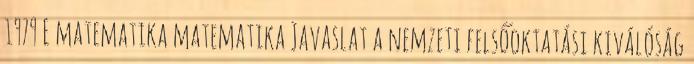
1979 E matematika matematika Javaslat a nemzeti felsőoktatási kiválóság